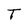
Character: T